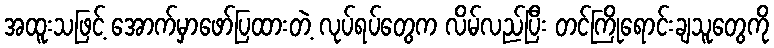
အထူးသဖြင့် အောက်မှာဖော်ပြထားတဲ့ လုပ်ရပ်တွေက လိမ်လည်ပြီး တင်ကြိုရောင်းချသူတွေကို